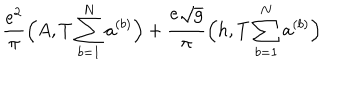
LaTeX: \frac { e ^ { 2 } } { \pi } \Big ( A , T \sum _ { b = 1 } ^ { N } a ^ { ( b ) } \Big ) + \frac { e \sqrt { g } } { \pi } \Big ( h , T \sum _ { b = 1 } ^ { N } a ^ { ( b ) } \Big )